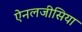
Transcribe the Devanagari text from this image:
ऐनलजीसिया